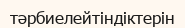
тәрбиелейтіндіктерін